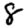
Digit: 8